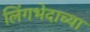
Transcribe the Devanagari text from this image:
लिंगभेदाच्या